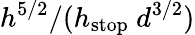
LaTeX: h^{5/2}/(h_{\mathrm{{stop}}}~d^{3/2})